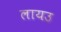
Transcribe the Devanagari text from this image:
लायउ